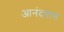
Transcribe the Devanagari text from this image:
आनंदबाग